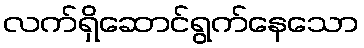
လက်ရှိဆောင်ရွက်နေသော